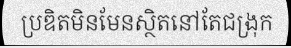
ប្រឌិតមិនមែនស្ថិតនៅតែជង្រុក